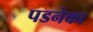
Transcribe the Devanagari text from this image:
पडनेका